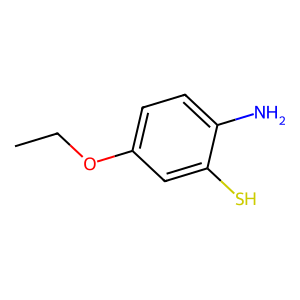
SMILES: CCOc1ccc(N)c(S)c1
Inhibits HIV replication: No